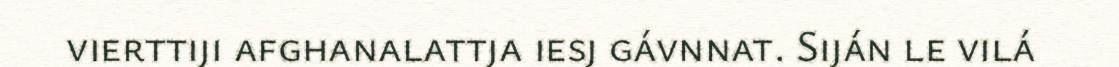
vierttiji afghanalattja iesj gávnnat. Siján le vilá